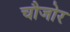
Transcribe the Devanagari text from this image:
चौजोर